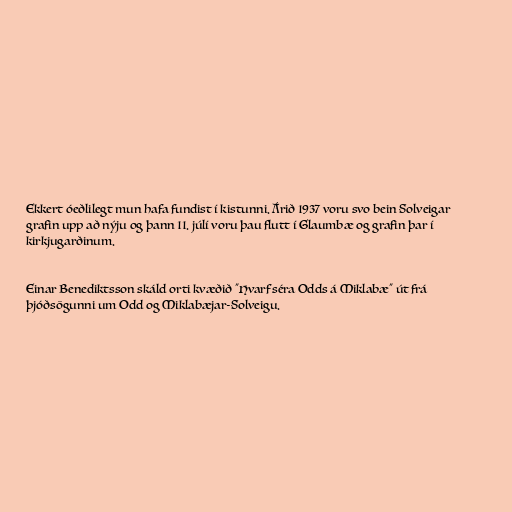
Ekkert óeðlilegt mun hafa fundist í kistunni. Árið 1937 voru svo bein Solveigar
grafin upp að nýju og þann 11. júlí voru þau flutt í Glaumbæ og grafin þar í
kirkjugarðinum.

Einar Benediktsson skáld orti kvæðið "Hvarf séra Odds á Miklabæ" út frá
þjóðsögunni um Odd og Miklabæjar-Solveigu.